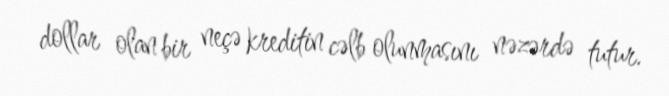
dollar olan bir neçə kreditin cəlb olunmasını nəzərdə tutur.